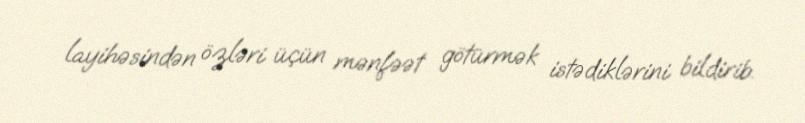
layihəsindən özləri üçün mənfəət götürmək istədiklərini bildirib.